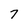
Character: 7